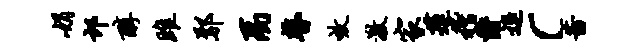
娟邙醇雎鄢禹瞽效激家莲稽爵退c茜